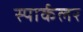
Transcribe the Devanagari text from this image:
स्पार्कलर